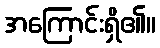
အကြောင်းရှိ၏။